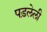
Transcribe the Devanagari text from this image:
पड़लेली